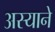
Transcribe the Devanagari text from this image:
अस्याने